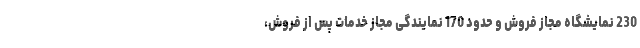
230 نمایشگاه مجاز فروش و حدود 170 نمایندگی مجاز خدمات پس از فروش،